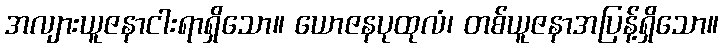
အလျားယူဇနာငါးရာရှိသော။ ယောဇနပုထုလံ၊ တစ်ယူဇနာအပြန့်ရှိသော။